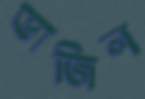
ভাজিল